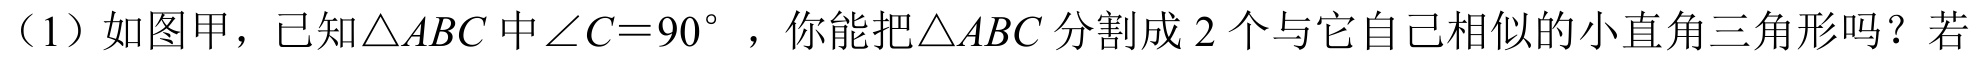
（1）如图甲，已知\(\triangle ABC\)中\(\angle C = 90^{\circ}\)，你能把\(\triangle ABC\)分割成\(2\)个与它自己相似的小直角三角形吗？若